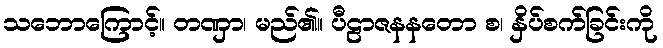
သဘောကြောင့်။ တဏှာ၊ မည်၏။ ပီဠာဇနနတော စ၊ နှိပ်စက်ခြင်းကို